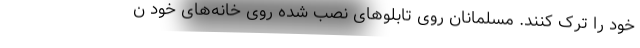
خود را ترک کنند. مسلمانان روی تابلوهای نصب شده روی خانه‌های خود ن